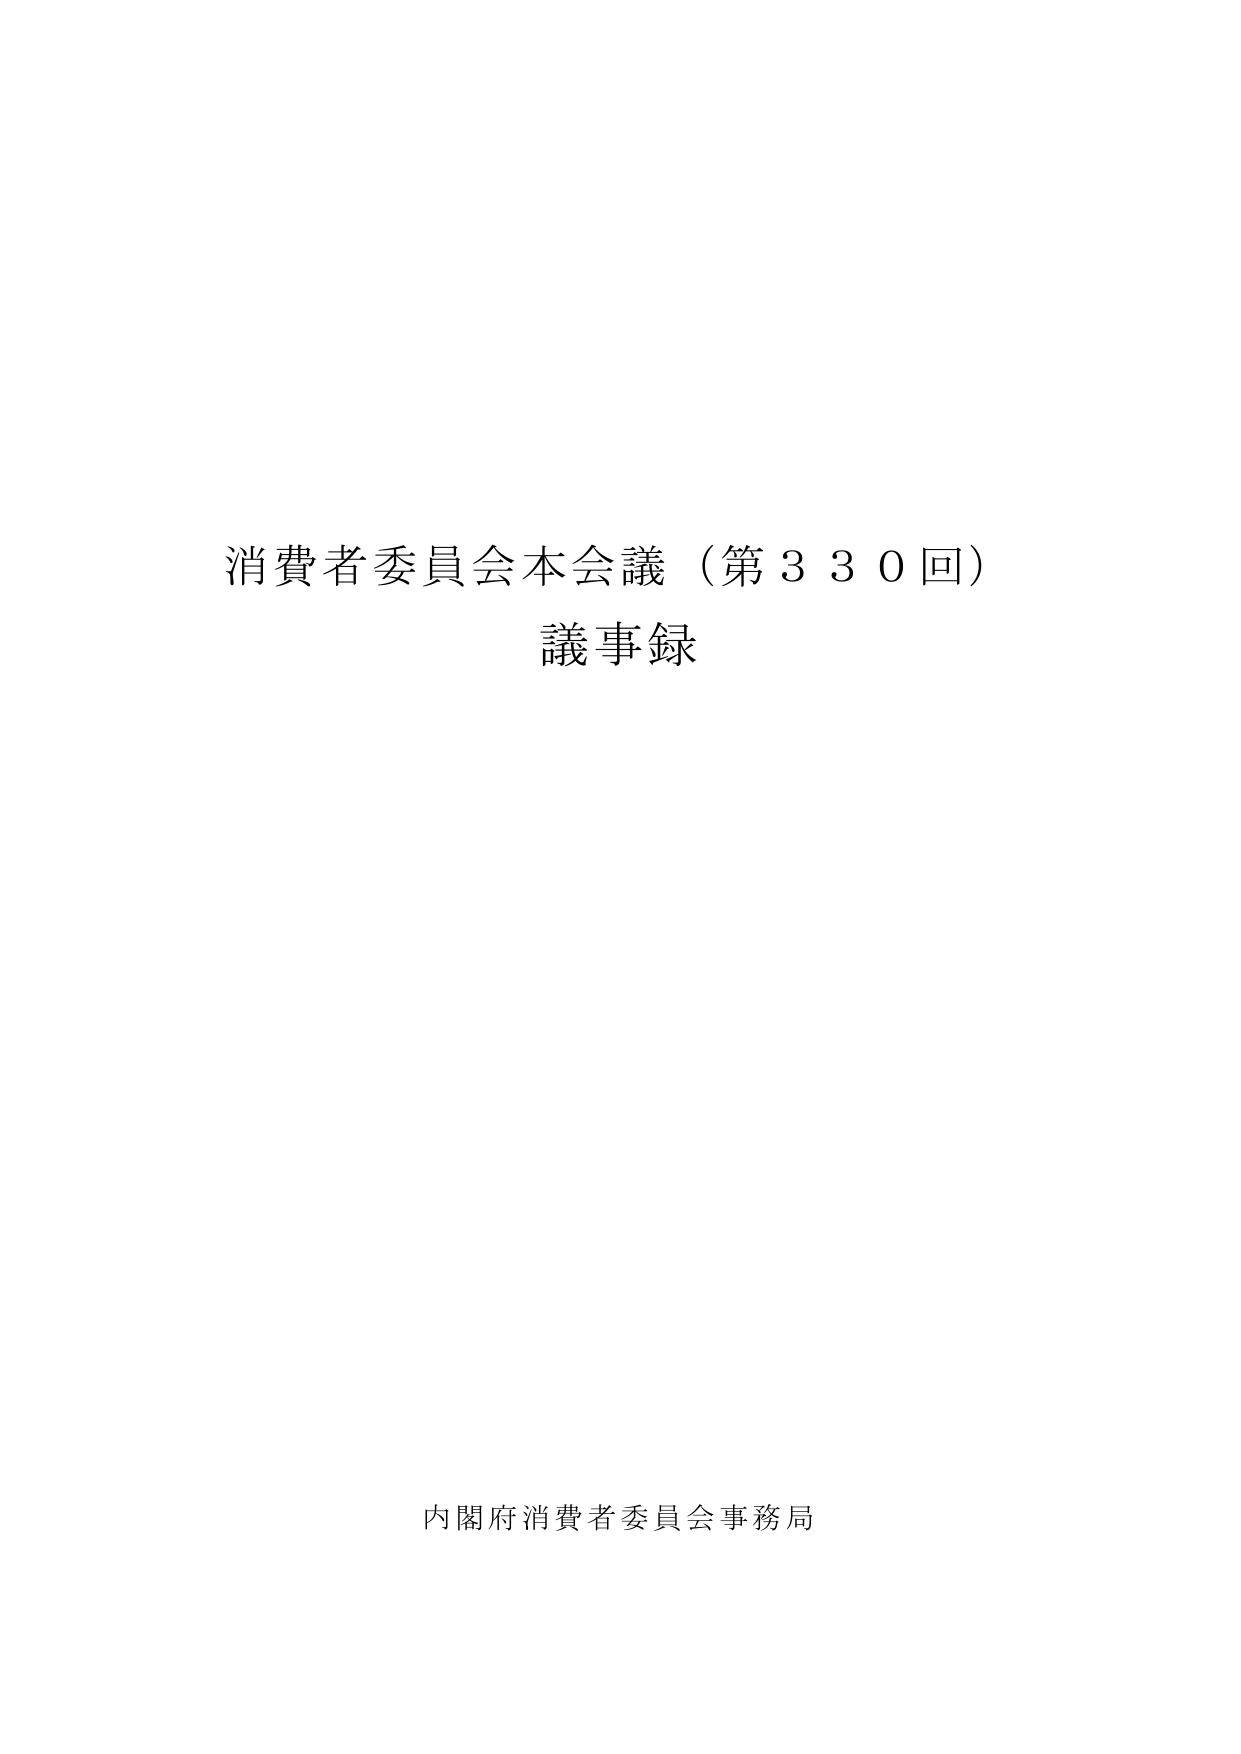
消費者委員会本会議（第330回）
議事録

内閣府消費者委員会事務局